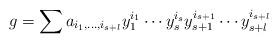
LaTeX: \begin{align*}g=\sum a_{i_1,\ldots,i_{s+l}}y_1^{i_1}\cdots y_s^{i_s}y_{s+1}^{i_{s+1}}\cdots y_{s+l}^{i_{s+l}}\end{align*}